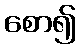
စော၍